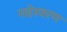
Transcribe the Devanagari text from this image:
महेस्वरण